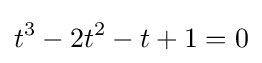
t^{3}-2t^{2}-t+1=0